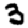
Digit: 3